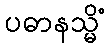
ပဓာနသ္မိံ